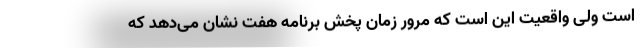
است ولی واقعیت این است که مرور زمان پخش برنامه هفت نشان می‌دهد که